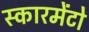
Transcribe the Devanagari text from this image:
स्कारमेंटो